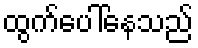
ထွက်ပေါ်နေသည်